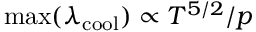
\operatorname* { m a x } ( \lambda _ { \mathrm { c o o l } } ) \propto T ^ { 5 / 2 } / p